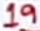
Text: 19